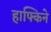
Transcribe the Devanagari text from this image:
हाफ्किने